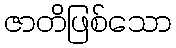
ဇာတိဖြစ်သော